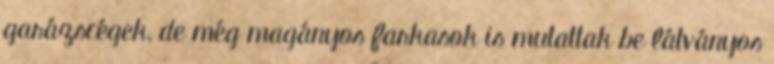
garázscégek, de még magányos farkasok is mutattak be látványos